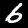
Digit: 6